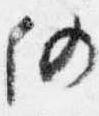
仍